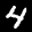
Label: 4